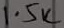
Text: 1.5K